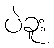
ပဲခူး